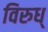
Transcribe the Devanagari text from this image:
विरुध्